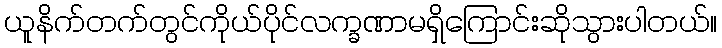
ယူနိက်တက်တွင်ကိုယ်ပိုင်လက္ခဏာမရှိကြောင်းဆိုသွားပါတယ်။